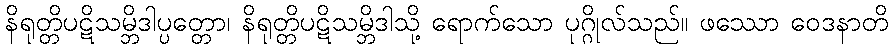
နိရုတ္တိပဋိသမ္ဘိဒါပ္ပတ္တော၊ နိရုတ္တိပဋိသမ္ဘိဒါသို့ ရောက်သော ပုဂ္ဂိုလ်သည်။ ဖဿော ဝေဒနာတိ